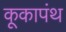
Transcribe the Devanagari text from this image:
कूकापंथ